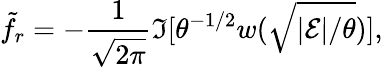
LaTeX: \tilde{f}_{r}=-{\frac{1}{\sqrt{2\pi}}}\Im[\theta^{-1/2}w(\sqrt{|{\cal E}|/\theta})],